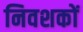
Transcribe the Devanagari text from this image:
निवशकों